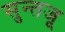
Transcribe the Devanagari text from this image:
सुन्तजू